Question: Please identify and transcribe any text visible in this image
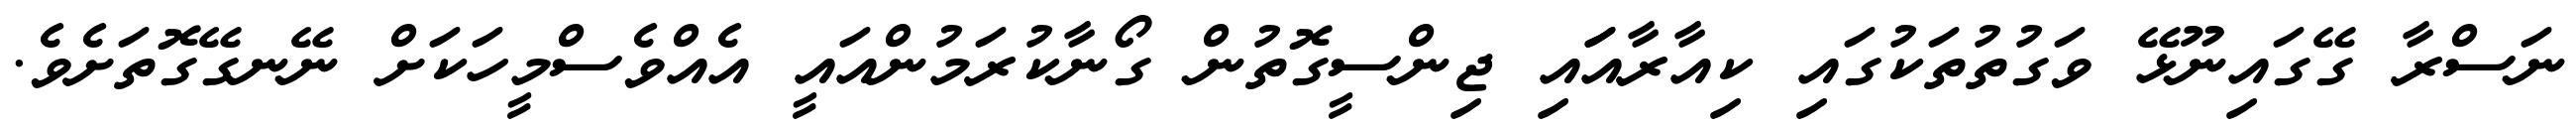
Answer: ނަސްރާ ގޭގައިނޫޅޭ ވަގުތުތަކުގައި ކިއާރާއަައި ޖިންސީގޮތުން ގޯނާކުރަމުންއައީ އެއްވެސްމީހަކަށް ނޭނގޭގޮތަށެވެ.